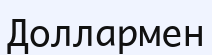
Доллармен